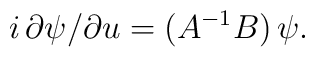
i\,\partial\psi/\partial u=(A^{-1}B)\,\psi.